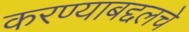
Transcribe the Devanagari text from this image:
करण्याबद्दलचे